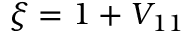
\xi = 1 + V _ { 1 1 }